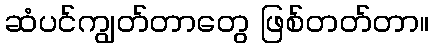
ဆံပင်ကျွတ်တာတွေ ဖြစ်တတ်တာ။